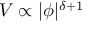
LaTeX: V \propto | \phi | ^ { \delta + 1 }